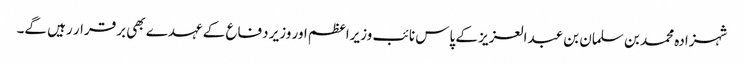
شہزادہ محمد بن سلمان بن عبدالعزیز کے پاس نائب وزیراعظم اور وزیر دفاع کے عہدے بھی برقرار رہیں گے۔